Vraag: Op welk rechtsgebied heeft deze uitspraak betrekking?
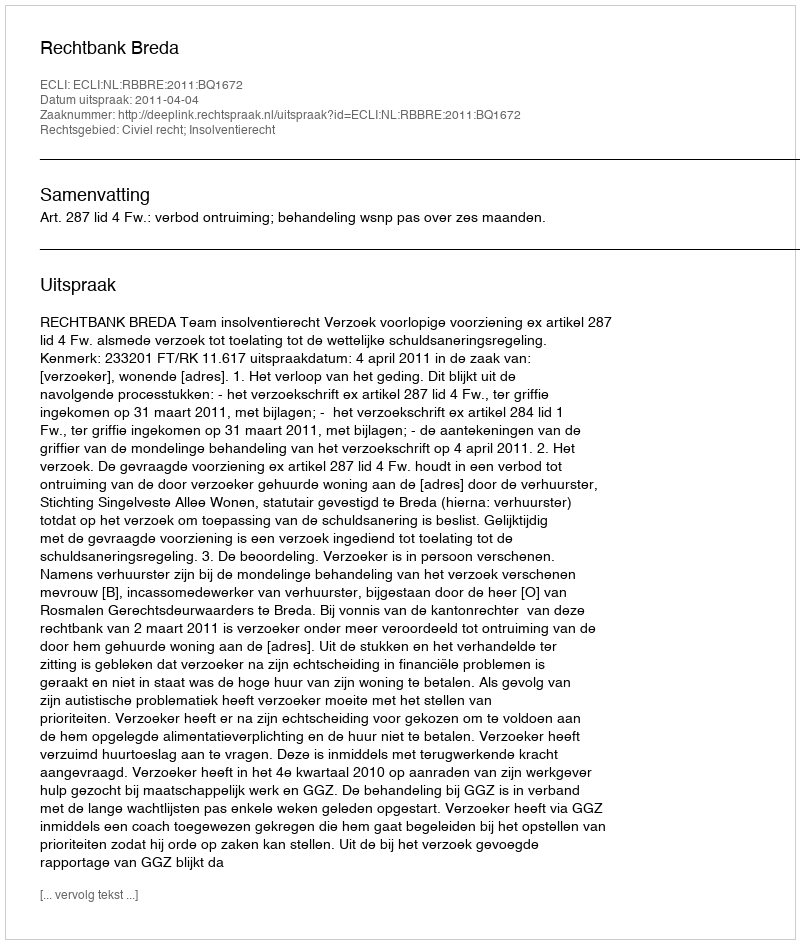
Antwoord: Civiel recht; Insolventierecht